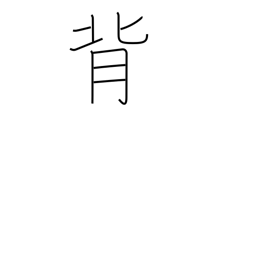
Meaning: go back on